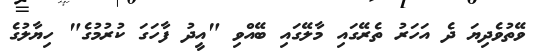
ވޭތުވެދިޔަ ދެ އަހަރު ތެރޭގައި މާލޭގައި ބޭއްވި "އީދު ފާހަގަ ކުރުމުގެ" ހިޔާލުގެ